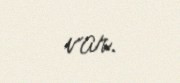
var.